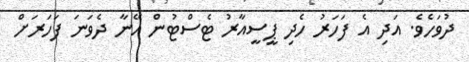
ދުވަހެވެ. އަދި އެ ފަހަރު ހެދި ޕީސީއާރު ޓެސްޓުން އޭނާ ދެވަނަ ފަހަރަށް